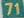
71